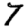
Digit: 7